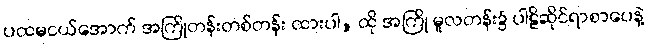
ပထမငယ်အောက် အကြိုတန်းတစ်တန်း ထားပါ, ထို အကြို မူလတန်း၌ ပါဠိဆိုင်ရာစာပေနဲ့